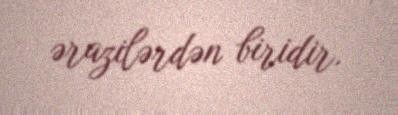
ərazilərdən biridir.